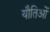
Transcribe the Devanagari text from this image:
यौतिओं